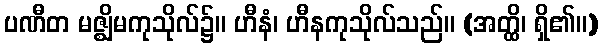
ပဏီတ မဇ္ဈိမကုသိုလ်၌။ ဟီနံ၊ ဟီနကုသိုလ်သည်။ (အတ္ထိ၊ ရှိ၏။)